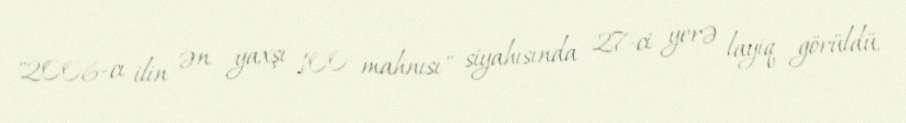
"2006-cı ilin ən yaxşı 100 mahnısı" siyahısında 27-ci yerə layiq görüldü.